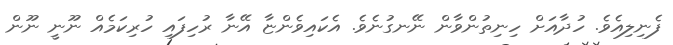
ފެނިލިއެވެ. ހުދާއަށް ހިނިތުންވާން ނޭނގުނެވެ. އެކައިވެންޏާ އޭނާ ރުހިފައި ހުރިކަމެއް ނޫނީ ނޫން